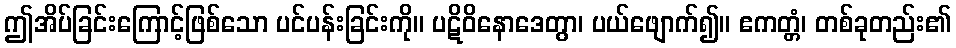
ဤအိပ်ခြင်းကြောင့်ဖြစ်သော ပင်ပန်းခြင်းကို။ ပဋိဝိနောဒေတွာ၊ ပယ်ဖျောက်၍။ ဧကတ္တံ၊ တစ်ခုတည်း၏